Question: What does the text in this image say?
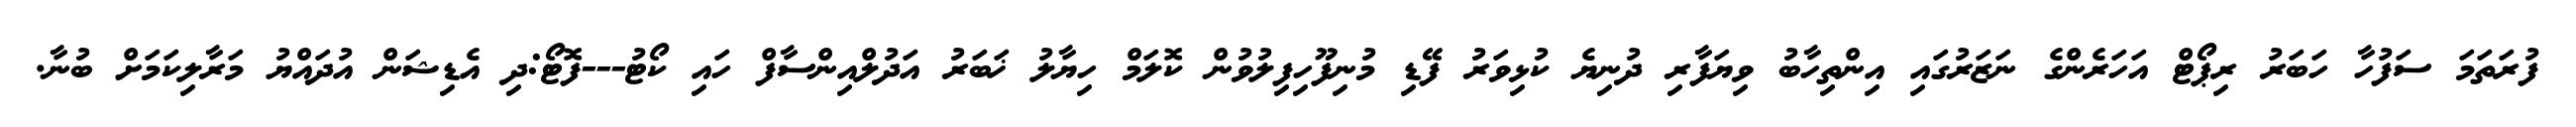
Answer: ފުރަތަމަ ސަފުހާ ހަބަރު ރިޕޯޓް އަހަރެންގެ ނަޒަރުގައި އިންތިހާބު ވިޔަފާރި ދުނިޔެ ކުޅިވަރު ފޭޑި މުނިފޫހިފިލުވުން ކޮލަމް ހިޔާލު ޚަބަރު އަދުލްއިންސާފް ހައި ކޯޓު---ފޮޓޯ:ދި އެޑިޝަން އުދައްޔު މަރާލިކަމަށް ބުނާ.